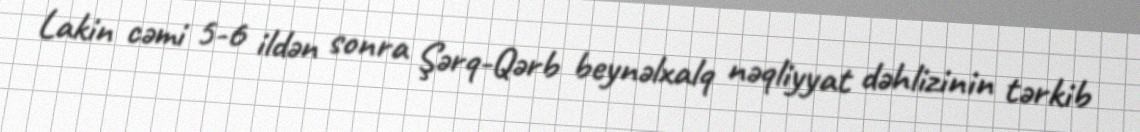
Lakin cəmi 5-6 ildən sonra Şərq-Qərb beynəlxalq nəqliyyat dəhlizinin tərkib